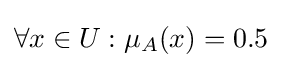
\forall x\in U:\mu _{A}(x)=0.5